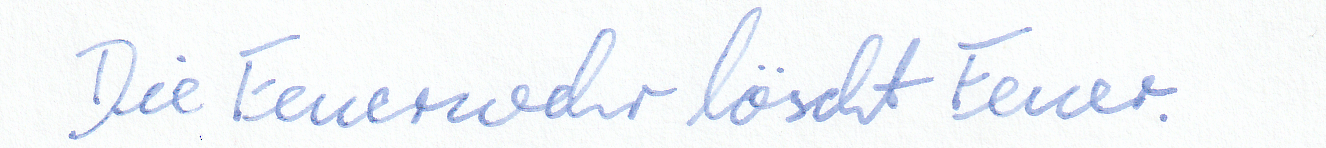
Die Feuerwehr löscht Feuer.